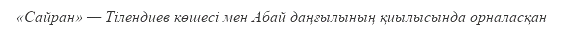
«Сайран» — Тілендиев көшесі мен Абай даңғылының қиылысында орналасқан